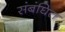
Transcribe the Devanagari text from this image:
संबंघित